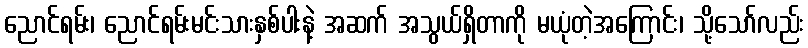
ညောင်ရမ်း၊ ညောင်ရမ်းမင်းသားနှစ်ပါးနဲ့ အဆက် အသွယ်ရှိတာကို မယုံတဲ့အကြောင်း၊ သို့သော်လည်း